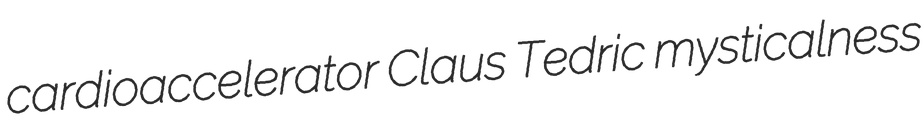
cardioaccelerator Claus Tedric mysticalness